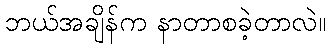
ဘယ်အချိန်က နာတာစခဲ့တာလဲ။